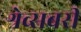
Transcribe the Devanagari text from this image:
श्रेव्सबरी